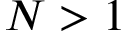
N > 1